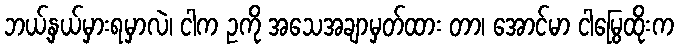
ဘယ့်နှယ်မှားရမှာလဲ၊ ငါက ဥကို အသေအချာမှတ်ထား တာ၊ အောင်မာ ငါမြွေထိုးက